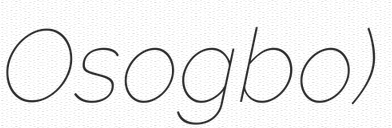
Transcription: Osogbo)